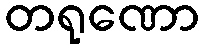
တရုဏော